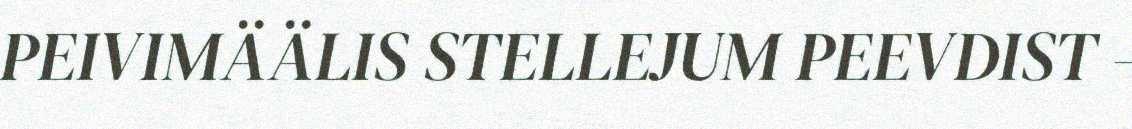
PEIVIMÄÄLIS STELLEJUM PEEVDIST -